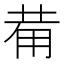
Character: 𤰇